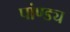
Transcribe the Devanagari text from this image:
पांण्ड्य